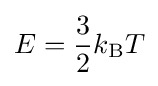
E={\frac {3}{2}}k_{\rm {B}}T